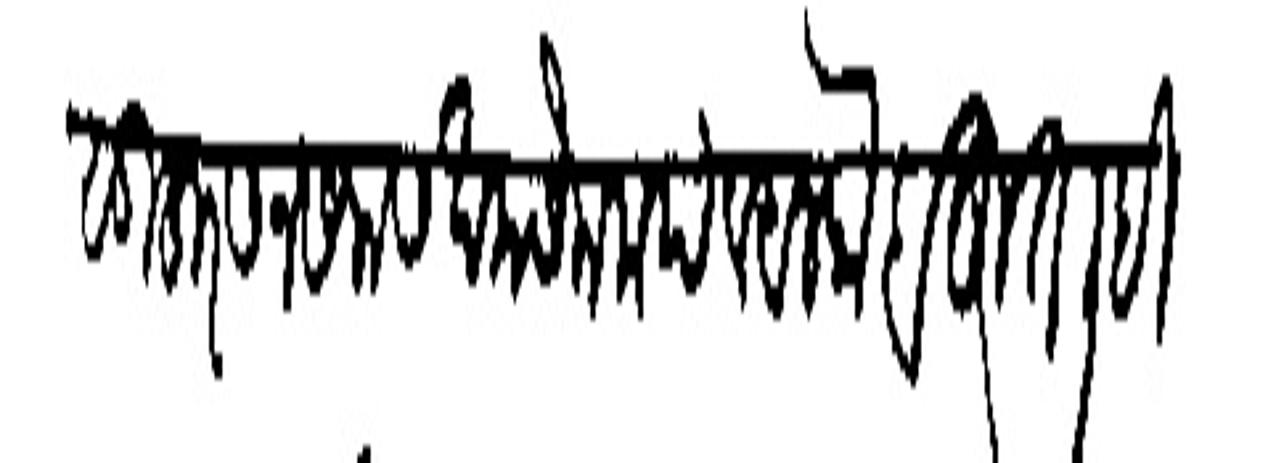
Transliteration (Devanagari): सुहुरसन सलास खमसेन मया व अलफ बहुत लिहि